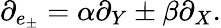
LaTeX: \partial_{e_{\pm}}=\alpha\partial_{Y}\pm\beta\partial_{X}.